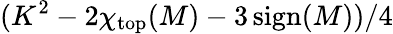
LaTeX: (K^{2}-2\chi_{\mathrm{top}}(M)-3\operatorname{sign}(M))/4